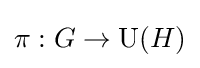
\pi :G\rightarrow \operatorname {U} (H)